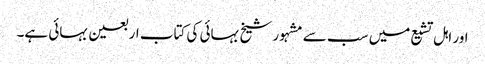
اور اہل تشیع میں سب سے مشہور شیخ بہائی کی کتاب اربعین بہائی ہے۔